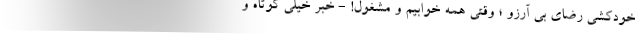
خودکشی رضای بی آرزو ؛ وقتی همه خوابیم و مشغول! - خبر خیلی کوتاه و